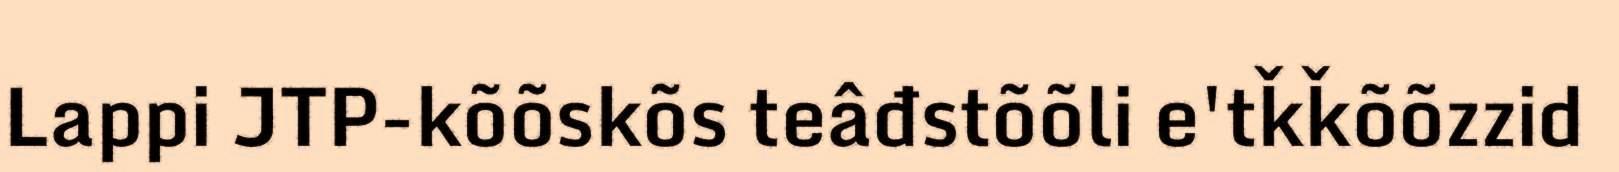
Lappi JTP-kõõskõs teâđstõõli e'tǩǩõõzzid